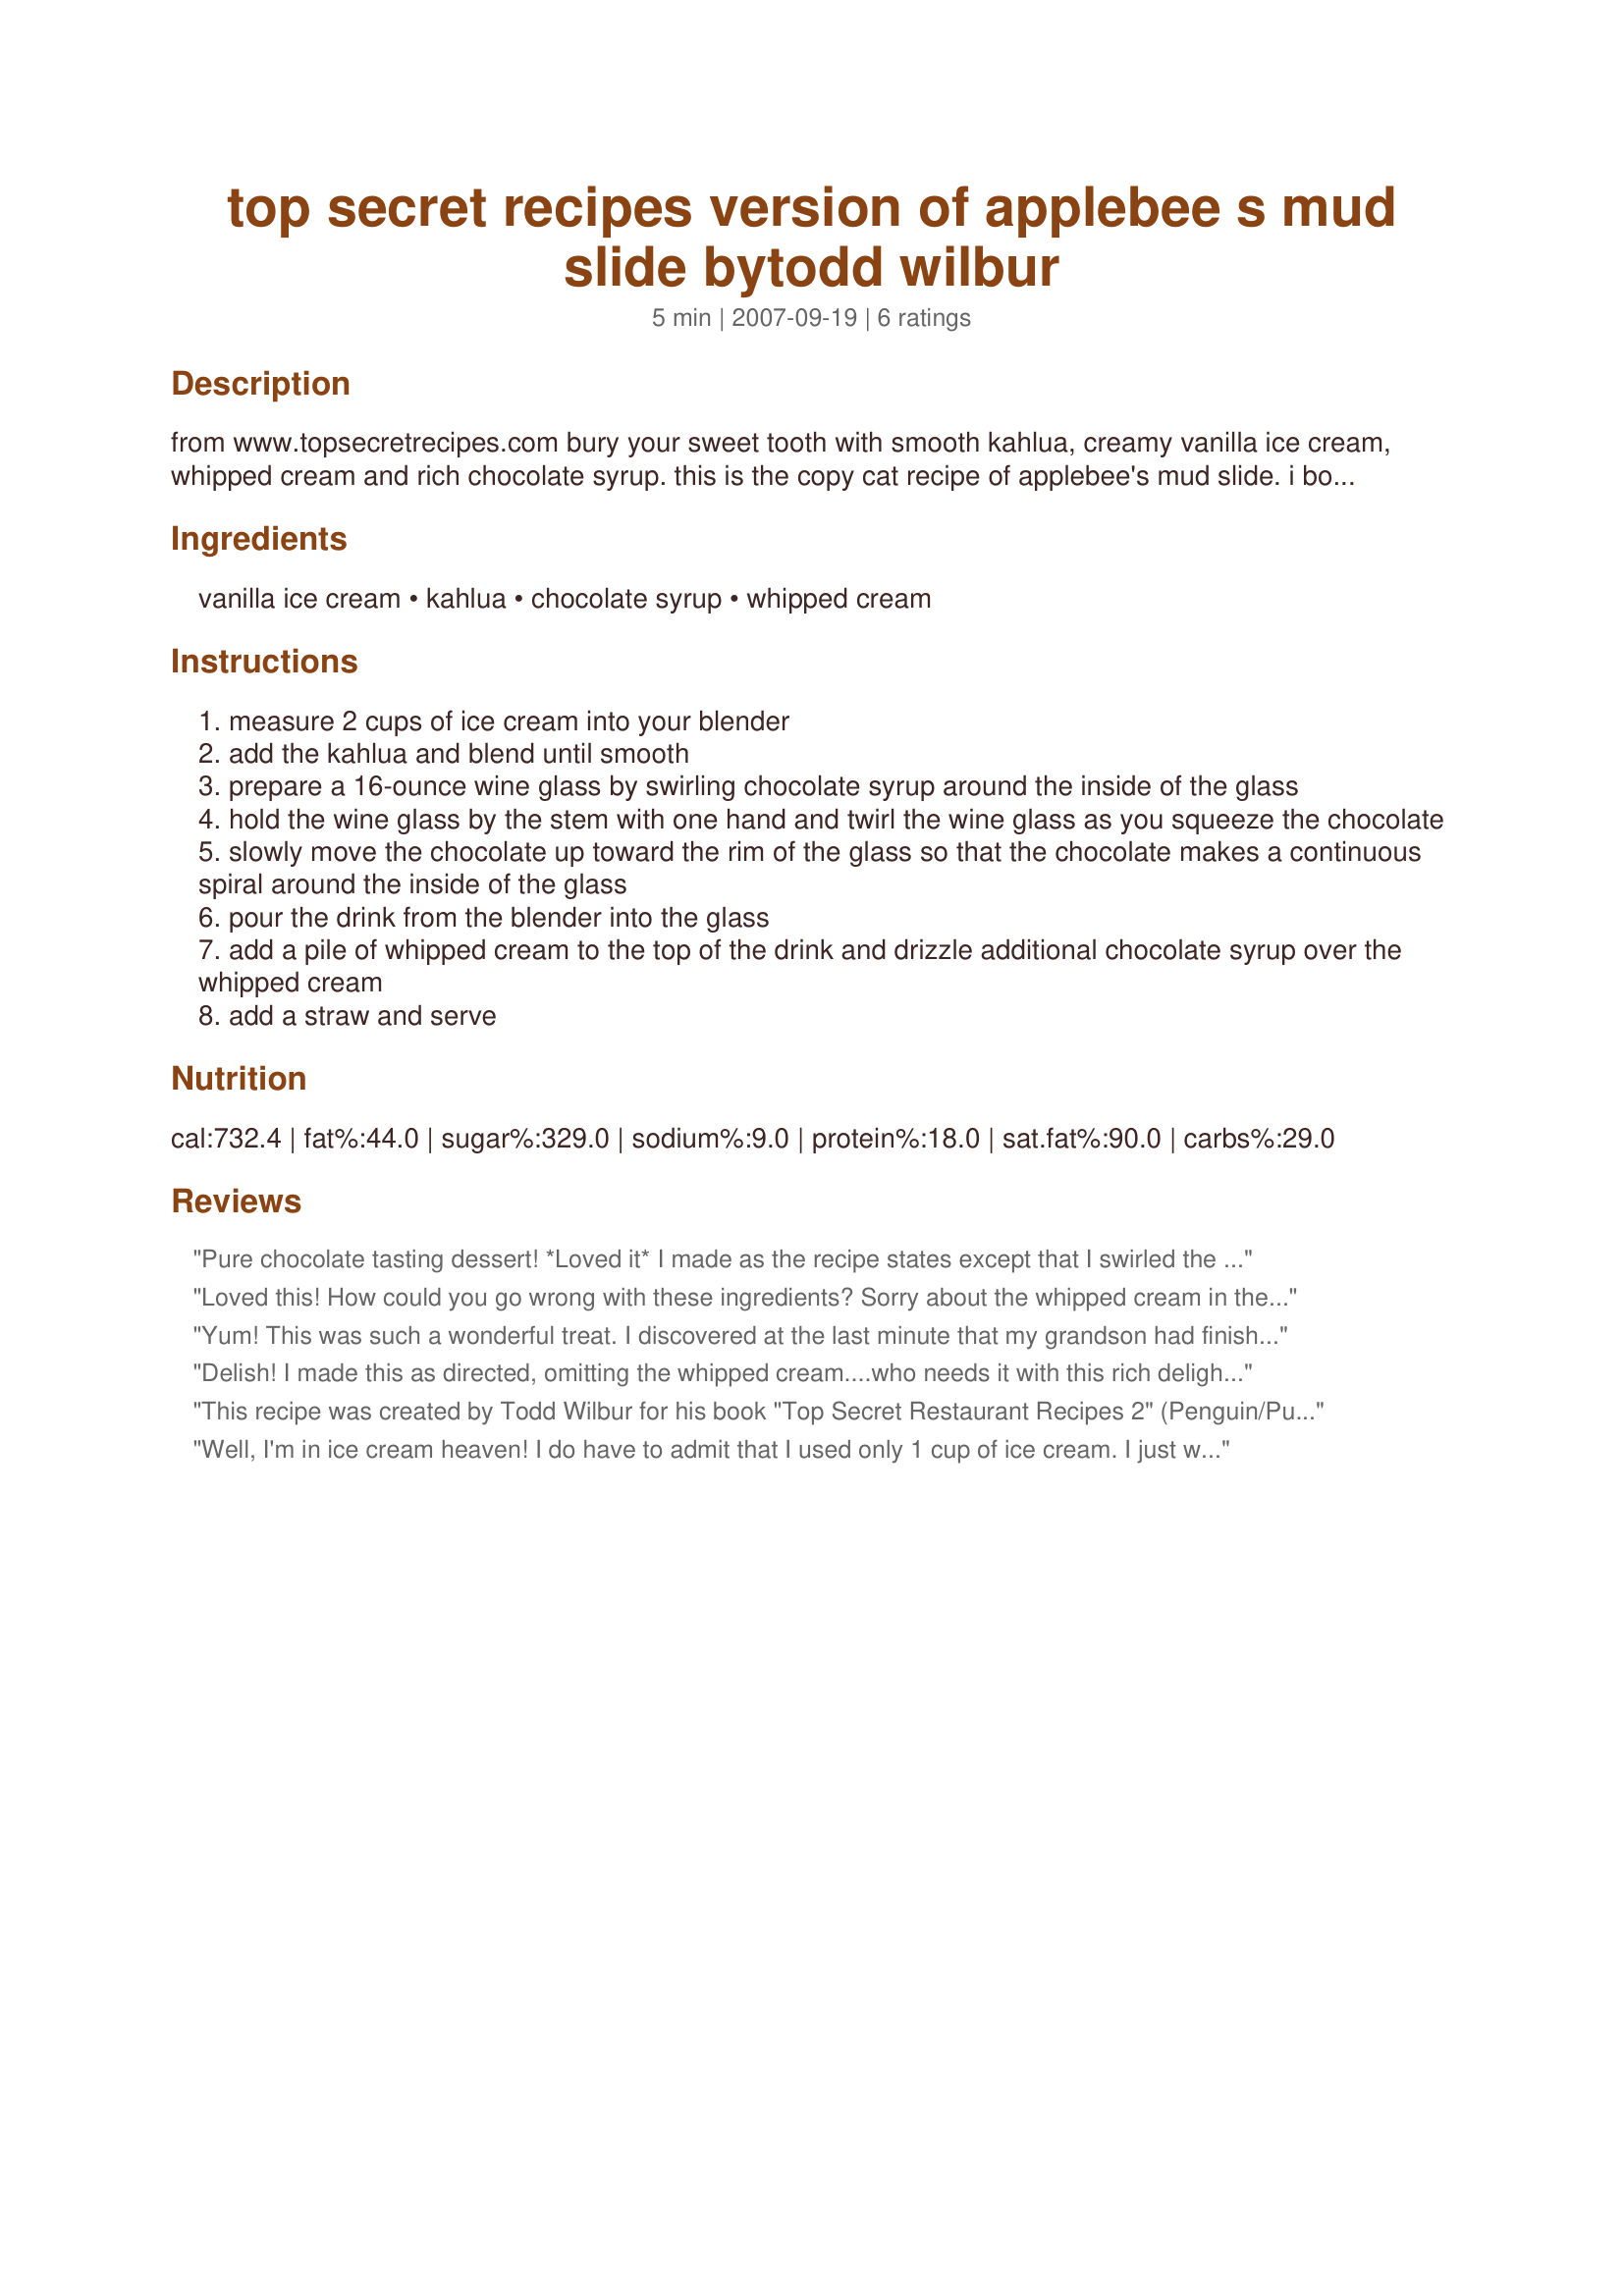
top secret recipes version of applebee s mud slide bytodd wilbur
Preparation time: 5 minutes

from www.topsecretrecipes.com bury your sweet tooth with smooth kahlua, creamy vanilla ice cream, whipped cream and rich chocolate syrup. this is the copy cat recipe of applebee's mud slide. i borrowed a friend's cookbook entitled top secret restaurant recipes 2 and wanted to put this recipe here so that i wouldn't lose it.

Ingredients:
vanilla ice cream, kahlua, chocolate syrup, whipped cream

Steps:
measure 2 cups of ice cream into your blender
add the kahlua and blend until smooth
prepare a 16-ounce wine glass by swirling chocolate syrup around the inside of the glass
hold the wine glass by the stem with one hand and twirl the wine glass as you squeeze the chocolate
slowly move the chocolate up toward the rim of the glass so that the chocolate makes a continuous spiral around the inside of the glass
pour the drink from the blender into the glass
add a pile of whipped cream to the top of the drink and drizzle additional chocolate syrup over the whipped cream
add a straw and serve

Reviews:
Pure chocolate tasting dessert! *Loved it* I made as the recipe states except that I swirled the chocolate syrup in smaller glasses then put in the freezer for a few minutes, Oh my this was terrific! Lovely combination and my friends loved their little desserts! Thank you for sharing such an easy and impressive dessert. (Made for Bevy Tag 8/08) Cheers ~V
Loved this! How could you go wrong with these ingredients? Sorry about the whipped cream in the picture (there is a funny story about a kid spraying whipped cream from the can in his mouth about it....don't ask). I figured alcohol will kill any germs and besides, it tasted great!
Yum! This was such a wonderful treat. I discovered at the last minute that my grandson had finished off the vanilla ice cream, so made this with chocolate. Total decadence. Thanks Crafty Lady. Made for Let's P-A-R-T-Y!
Delish! I made this as directed, omitting the whipped cream....who needs it with this rich delight? My chocolate swirling needs some work, but if I'm making this drink....I need the practice! :-) My picture also leaves something to be desired, but if you could have seen my face while enjoying this...well, that would have been the best pic! Made for the Best of 2010 tag game. Thanks for sharing, Crafty Lady 13!
This recipe was created by Todd Wilbur for his book "Top Secret Restaurant Recipes 2" (Penguin/Putnam)
Well, I'm in ice cream heaven! I do have to admit that I used only 1 cup of ice cream. I just wanted a stronger mud slide. I will be make this again. Made for *Beverage Tag* game 2008
